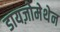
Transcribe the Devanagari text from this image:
डायज़ोमेथेन